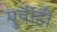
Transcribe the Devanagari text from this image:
पुर्वीही